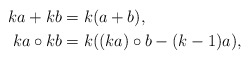
\begin{align*}ka+kb &= k(a+b),\\ka \circ kb &= k( (ka)\circ b -(k-1)a),\end{align*}